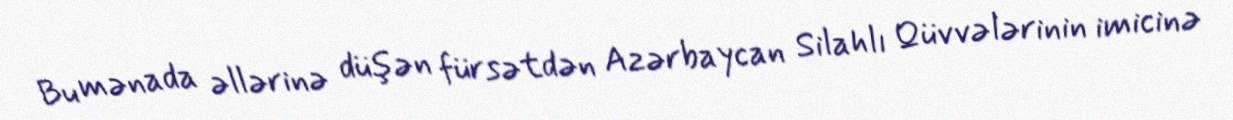
Bu mənada əllərinə düşən fürsətdən Azərbaycan Silahlı Qüvvələrinin imicinə